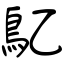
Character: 鳦